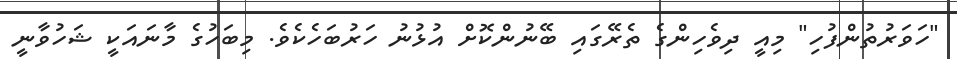
"ހަވަރުތުންފުހި" މިއީ ދިވެހިންގެ ތެރޭގައި ބޭނުންކޮށް އުޅުނު ހަރުބަހެކެވެ. މިބަހުގެ މާނައަކީ ޝަހުވާނީ